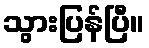
သွားပြန်ပြီ။